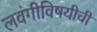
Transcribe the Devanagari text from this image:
लवंगीविषयीची